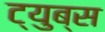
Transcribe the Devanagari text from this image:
ट्युब्स